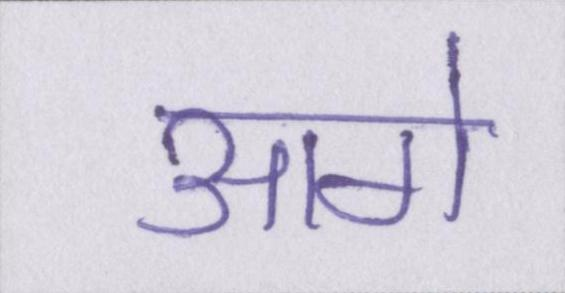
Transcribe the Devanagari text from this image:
आगे